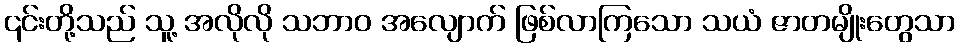
၎င်းတို့သည် သူ့ အလိုလို သဘာဝ အလျောက် ဖြစ်လာကြသော သယံ ဇာတမျိုးတွေသာ